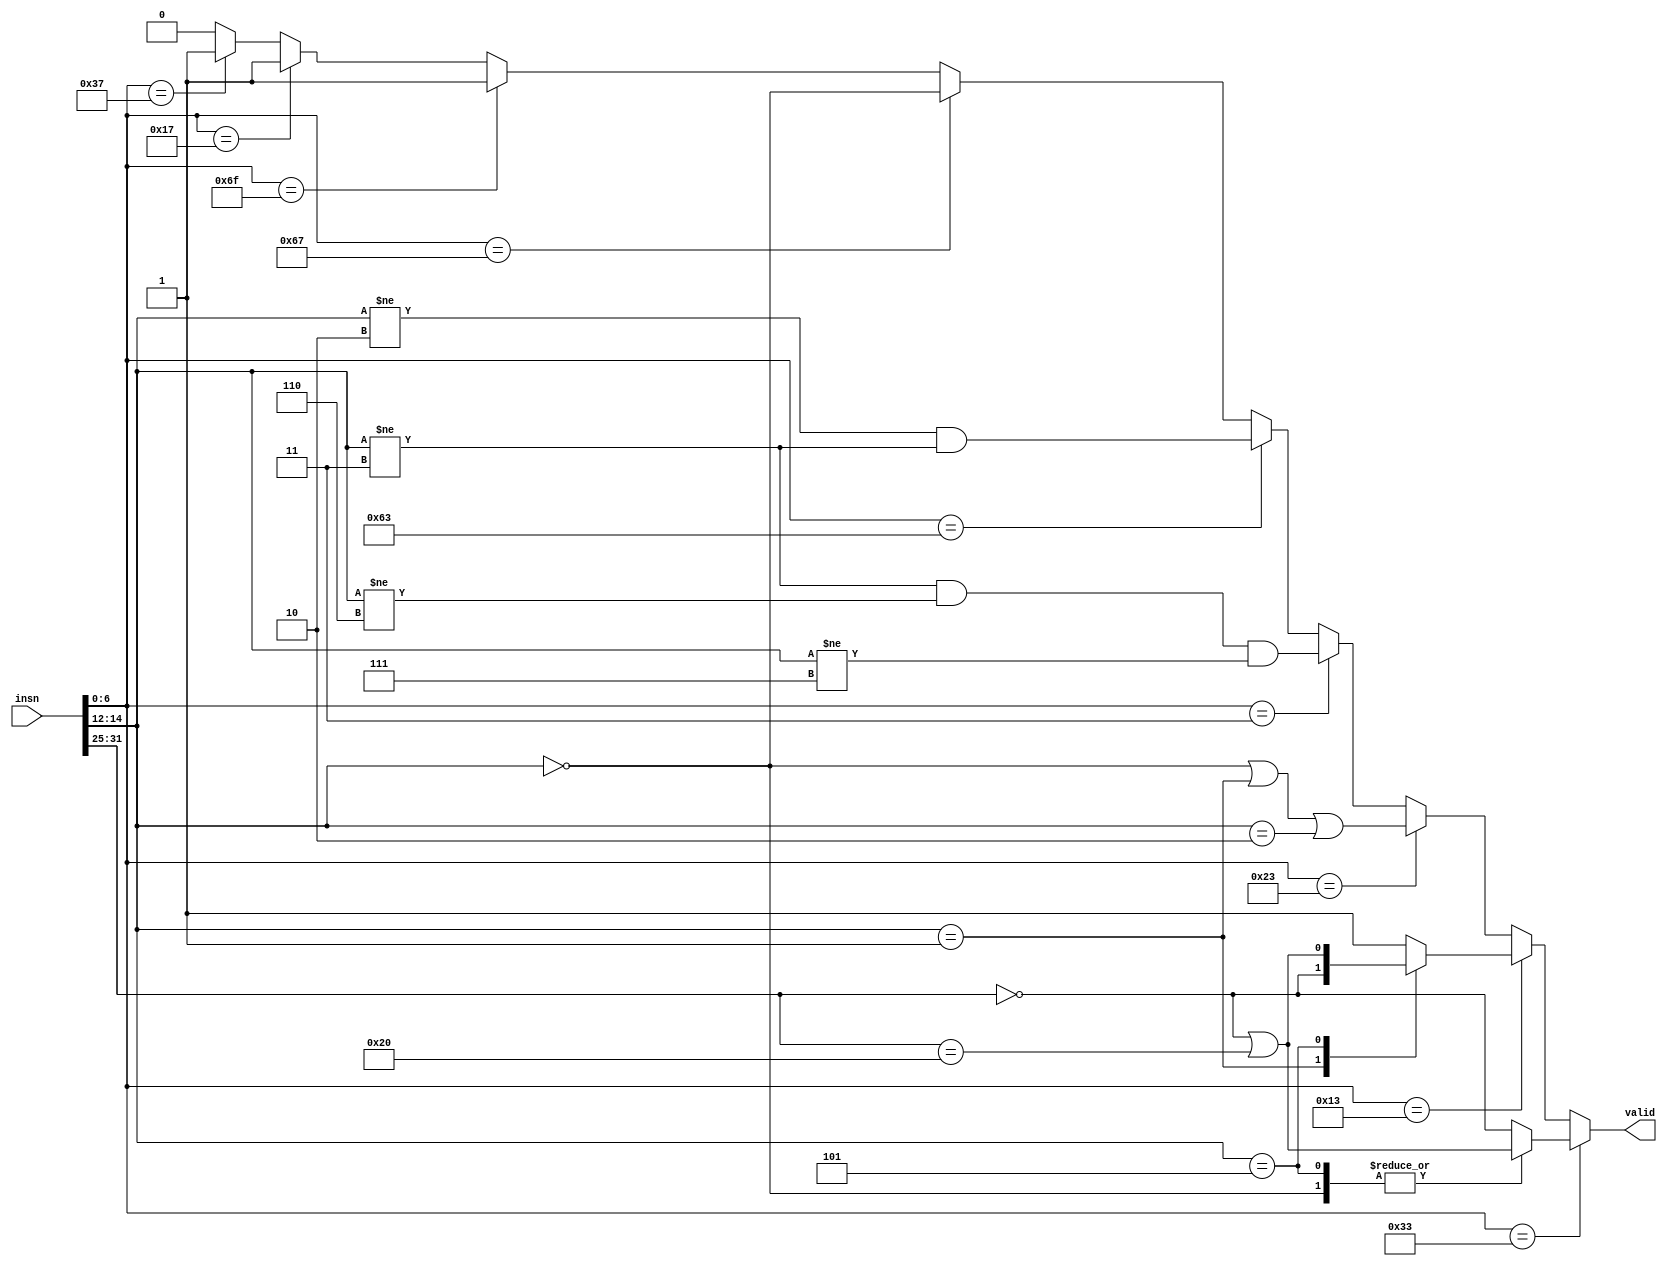
// Check if a given instruction is an RV32I instruction (without SYSTEM opcode)
//
module riscv_rv32i_insn (
	input [31:0] insn,
	output reg valid
);
	always @* begin
		valid = 0;

		if (insn[6:0] == 7'b 01_101_11) valid = 1; // LUI
		if (insn[6:0] == 7'b 00_101_11) valid = 1; // AUIPC
		if (insn[6:0] == 7'b 11_011_11) valid = 1; // JAL

		if (insn[6:0] == 7'b 11_001_11) begin // JALR
			valid = insn[14:12] == 3'b 000;
		end

		if (insn[6:0] == 7'b 11_000_11) begin // BRANCH
			valid = (insn[14:12] != 3'b 010) && (insn[14:12] != 3'b 011);
		end

		if (insn[6:0] == 7'b 00_000_11) begin // LOAD
			valid = (insn[14:12] != 3'b 011) && (insn[14:12] != 3'b 110) && (insn[14:12] != 3'b 111);
		end

		if (insn[6:0] == 7'b 01_000_11) begin // STORE
			valid = (insn[14:12] == 3'b 000) || (insn[14:12] == 3'b 001) || (insn[14:12] == 3'b 010);
		end

		if (insn[6:0] == 7'b 00_100_11) begin // OP-IMM
			case (insn[14:12])
				3'b 001: begin // SLLI
					valid = insn[31:25] == 7'b 0000000;
				end
				3'b 101: begin // SRLI SRAI
					valid = (insn[31:25] == 7'b 0000000) || (insn[31:25] == 7'b 0100000);
				end
				default: begin
					valid = 1;
				end
			endcase
		end

		if (insn[6:0] == 7'b 01_100_11) begin // OP
			case (insn[14:12])
				3'b 000, 3'b 101: begin // ADD SUB SRL SRA
					valid = (insn[31:25] == 7'b 0000000) || (insn[31:25] == 7'b 0100000);
				end
				default: begin
					valid = insn[31:25] == 7'b 0000000;
				end
			endcase
		end
	end
endmodule